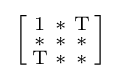
{\Bigl [}{\begin{smallmatrix}\mathrm {1} &\mathrm {*} &\mathrm {T} \\\mathrm {*} &\mathrm {*} &\mathrm {*} \\\mathrm {T} &\mathrm {*} &\mathrm {*} \end{smallmatrix}}{\Bigr ]}